Annual report on the lock hospitals of the Madras Presidency
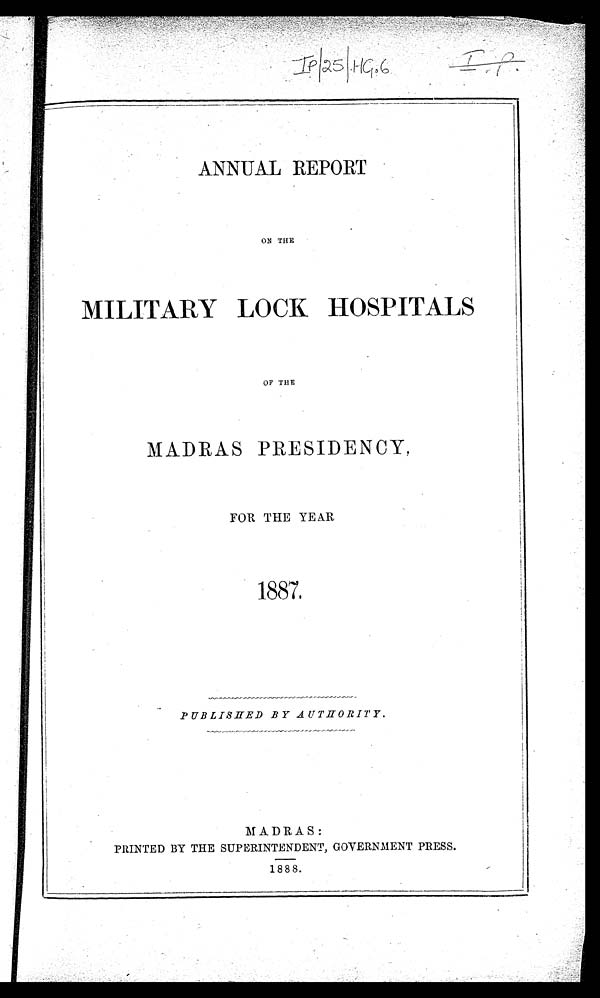
ANNUAL REPORT
ON THE
MILITARY LOCK HOSPITALS
OF THE
MADRAS PRESIDENCY,
FOR THE YEAR
1887.
PUBLISHED BY AUTHORITY.
MADRAS:
PRINTED BY THE SUPERINTENDENT, GOVERNMENT PRESS.
1888.
1888.